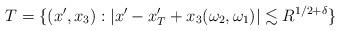
LaTeX: \begin{align*} T = \{ (x',x_3) : | x'- x'_T + x_3 (\omega_2,\omega_1) | \lesssim R^{1/2+ \delta} \}\end{align*}